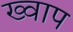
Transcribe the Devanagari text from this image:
ख्वाप